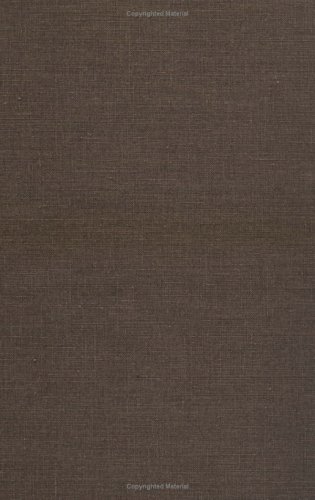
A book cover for The Black Abolitionist Papers: Vol. II: Canada, 1830-1865; Biographies & Memoirs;